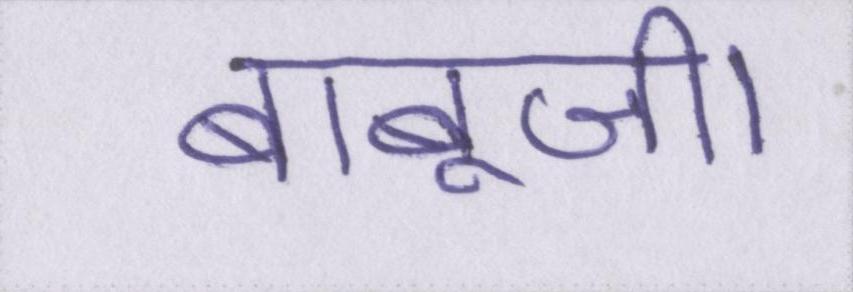
बाबूजी।